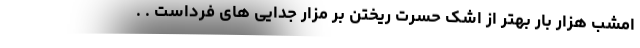
امشب هزار بار بهتر از اشکِ حسرت ریختن بر مزار جدایى هاى فرداست . .